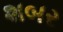
શબર